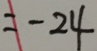
= - 2 4